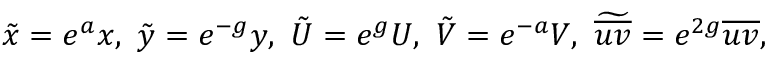
\tilde { x } = e ^ { a } x , \ \tilde { y } = e ^ { - g } y , \ \tilde { U } = e ^ { g } U , \ \tilde { V } = e ^ { - a } V , \ \widetilde { \overline { { u v } } } = e ^ { 2 g } \overline { { u v } } ,